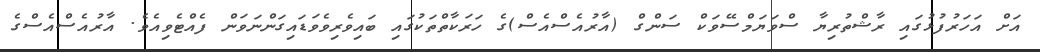
އަށް އަހަރުފުޅުގައި ރާޝްތުރިޔާ ސްވަޔަމްސޭވަކް ސަންގް (އާރުއެސްއެސް)ގެ ހަރަކާތްތަކުގައި ބައިވެރިވެވަޑައިގަންނަވަން ފެއްޓެވިއެވެ. އާރުއެސްއެސްގެ